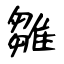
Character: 雛